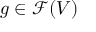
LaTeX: g \in { \mathcal { F } } ( V )